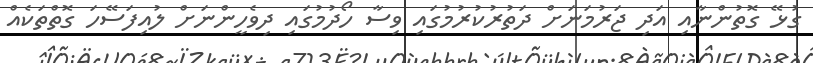
ގުޅޭ ގޮތުންނާއި އަދި ޖަރުމަނަށް ދަތުރުކުރުމުގައި ވިސާ ހޯދުމުގައި ދިވެހީންނަށް ލުއިފަސޭހަ ގޮތްތަކެއް